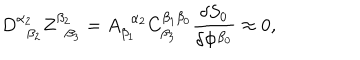
LaTeX: D _ { \; \; \beta _ { 2 } } ^ { \alpha _ { 2 } } Z _ { \; \; \beta _ { 3 } } ^ { \beta _ { 2 } } = A _ { \beta _ { 1 } } ^ { \; \; \alpha _ { 2 } } C _ { \beta _ { 3 } } ^ { \beta _ { 1 } \beta _ { 0 } } \frac { \delta S _ { 0 } } { \delta \Phi ^ { \beta _ { 0 } } } \approx 0 ,